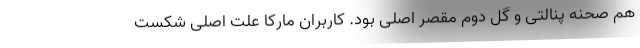
هم صحنه پنالتی و گل دوم مقصر اصلی بود. کاربران مارکا علت اصلی شکست